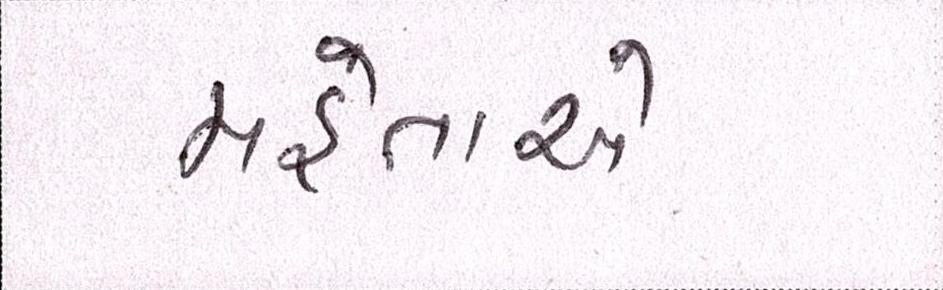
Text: મહેતાએ